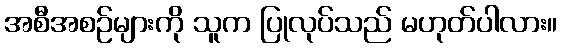
အစီအစဉ်များကို သူက ပြုလုပ်သည် မဟုတ်ပါလား။